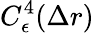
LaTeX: C_{\epsilon}^{4}(\Delta r)